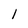
Character: 1